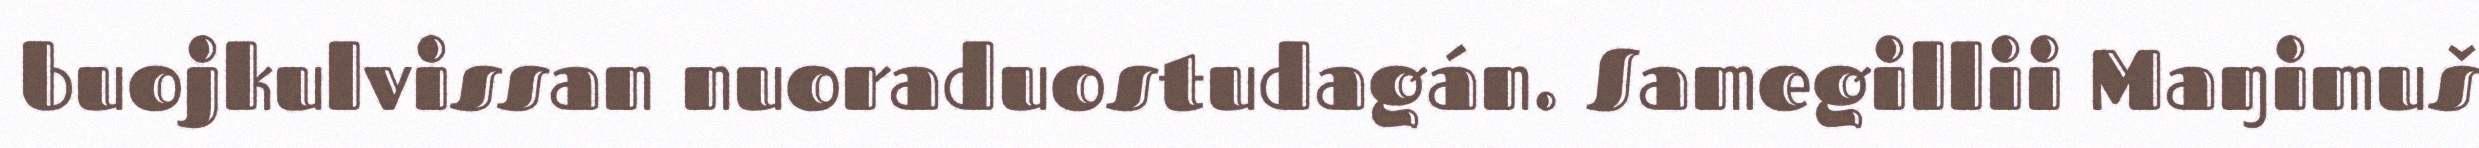
buojkulvissan nuoraduostudagán. Samegillii Maŋimuš